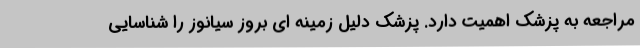
مراجعه به پزشک اهمیت دارد. پزشک دلیل زمینه ای بروز سیانوز را شناسایی